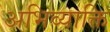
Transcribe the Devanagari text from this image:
अभिव्याक्ति